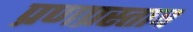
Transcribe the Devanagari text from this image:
प्रणप्रस्ताव